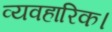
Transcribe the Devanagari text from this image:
व्यवहारिक।